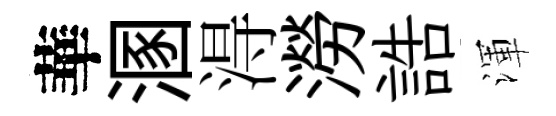
華溷淂澇誥渾